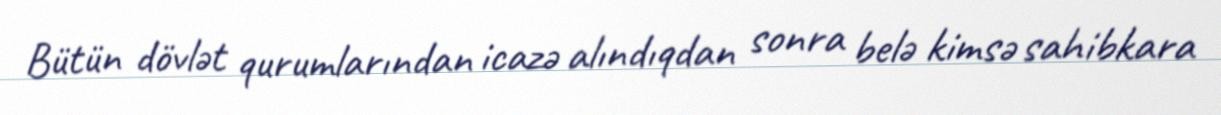
Bütün dövlət qurumlarından icazə alındıqdan sonra belə kimsə sahibkara